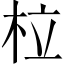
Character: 柆